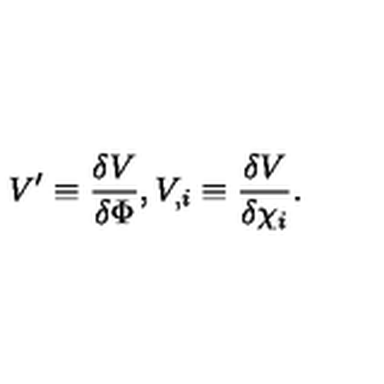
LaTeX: V ^ { \prime } \equiv \frac { \delta V } { \delta \Phi } , V _ { , i } \equiv \frac { \delta V } { \delta \chi _ { i } } .